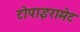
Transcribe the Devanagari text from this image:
टोपाइरामेट